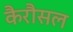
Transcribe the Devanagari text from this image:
कैरौसल